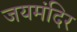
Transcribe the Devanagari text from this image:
जयमंदिर